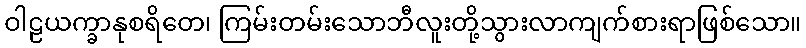
ဝါဠယက္ခာနုစရိတေ၊ ကြမ်းတမ်းသောဘီလူးတို့သွားလာကျက်စားရာဖြစ်သော။